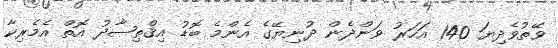
ވޭތުވެދިޔަ 140 އަހަރު ވަންދެން ދުނިޔޭގެ އެންމެ ބޮޑު އިޤްތިޞާދު އޮތް އެމެރިކާ